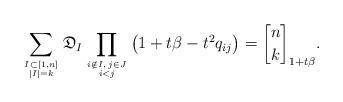
LaTeX: \begin{gather*}\sum_{I \subset [1,n] \atop |I|=k} \mathfrak{D}_{I} \prod_{i \notin I, \, j \in J \atop i < j} \big(1+t \beta-t^2 q_{ij}\big)= {n \brack k}_{1+t \beta}.\end{gather*}